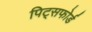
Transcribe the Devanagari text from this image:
पिट्सफोर्ड